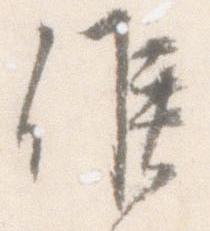
候